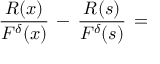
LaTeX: \frac { R ( x ) } { F ^ { \delta } ( x ) } \, - \, \frac { R ( s ) } { F ^ { \delta } ( s ) } \, =